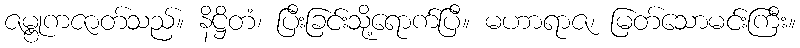
ဇမ္ဗုကဇာတ်သည်။ နိဋ္ဌိတံ၊ ပြီးခြင်းသို့ရောက်ပြီ။ မဟာရာဇ၊ မြတ်သောမင်းကြီး။